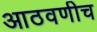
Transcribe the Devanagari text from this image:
आठवणीच